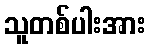
သူတစ်ပါးအား